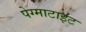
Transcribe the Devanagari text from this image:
पेग्माटाइट